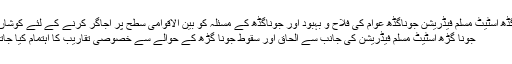
جوناگڈھ اسٹیٹ مسلم فیڈریشن جوناگڈھ عوام کی فلاح و بہبود اور جوناگڈھ کے مسئلہ کو بین الاقوامی سطح پر اجاگر کرنے کے لئے کوشاں ہے.
جونا گڑھ اسٹیٹ مسلم فیڈریشن کی جانب سے الحاق اور سقوط جونا گڑھ کے حوالے سے خصوصی تقاریب کا اہتمام کیا جاتا ہے۔